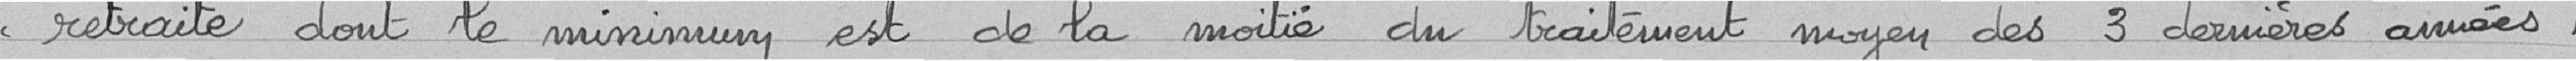
<< retraite dont le minimum est de la moitié du traitement moyen des 3 dernières années ,